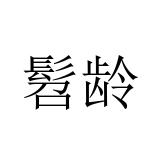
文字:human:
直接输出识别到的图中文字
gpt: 髫龄